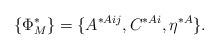
LaTeX: \begin{align*}\{\Phi^*_M\}=\{A^{*Aij},C^{*Ai},\eta^{*A}\}.\end{align*}